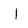
Character: I